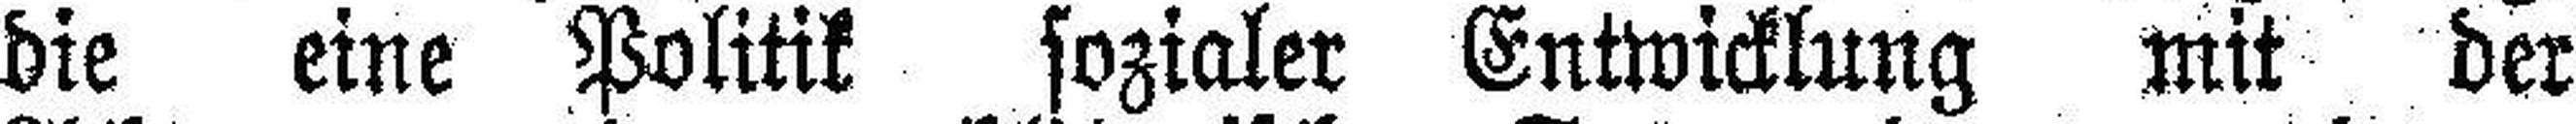
die eine Politik sozialer Entwicklung mit der